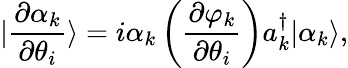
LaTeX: |\frac{\partial\alpha_{k}}{\partial\theta_{i}}\rangle=i\alpha_{k}\left(\frac{\partial\varphi_{k}}{\partial\theta_{i}}\right)a_{k}^{\dagger}|\alpha_{k}\rangle,